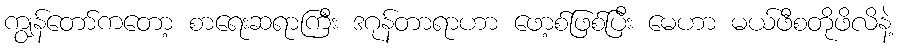
ကျွန်တော်ကတော့ စာရေးဆရာကြီး ဒဂုန်တာရာဟာ ဖော့စ်ဖြစ်ပြီး မေဟာ မယ်ဖီစတိုဖိလိနဲ့